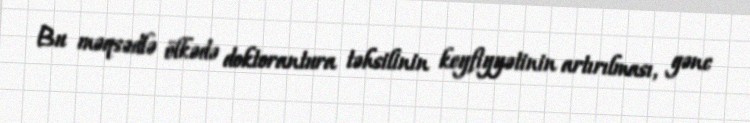
Bu məqsədlə ölkədə doktorantura təhsilinin keyfiyyətinin artırılması, gənc